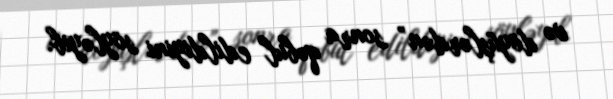
və döyüşlərdən” sonra qəbul edildiyini söyləyib.